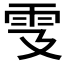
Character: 𩁾